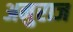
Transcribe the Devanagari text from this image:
अनुराज